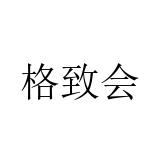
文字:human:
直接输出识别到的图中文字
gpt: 格致会